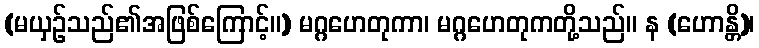
(မယှဉ်သည်၏အဖြစ်ကြောင့်။) မဂ္ဂဟေတုကာ၊ မဂ္ဂဟေတုကတို့သည်။ န (ဟောန္တိ)၊